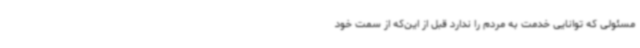
مسئولی که توانایی خدمت به مردم را ندارد قبل از این‌که از سمت خود